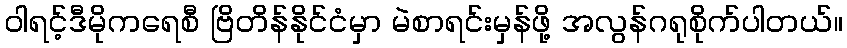
ဝါရင့်ဒီမိုကရေစီ ဗြိတိန်နိုင်ငံမှာ မဲစာရင်းမှန်ဖို့ အလွန်ဂရုစိုက်ပါတယ်။